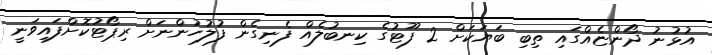
އުޅުނު ދޯންޏެއްގައި ތިބި ބަޔަކަށް 2 ފޫޓުގެ ކިނބުލެއް ފެނިގެން ފުލުހުންނަށް ރިޕޯޓުކޮށްފައިވަނީ